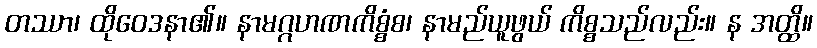
တဿာ၊ ထိုဝေဒနာ၏။ နာမဂ္ဂဟဏကိစ္စံစ၊ နာမည်ယူဖွယ် ကိစ္စသည်လည်း။ န အတ္ထိ။